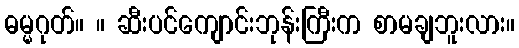
ဓမ္မဂုတ်။ ။ ဆီးပင်ကျောင်းဘုန်းကြီးက စာမချဘူးလား။